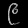
Digit: ၉